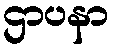
ဌာပနာ